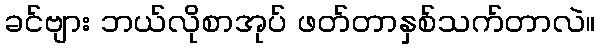
ခင်ဗျား ဘယ်လိုစာအုပ် ဖတ်တာနှစ်သက်တာလဲ။